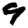
Digit: 9